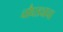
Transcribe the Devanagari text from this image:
चौघड्याचा